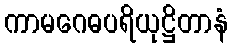
ကာမဂေဓပရိယုဋ္ဌိတာနံ